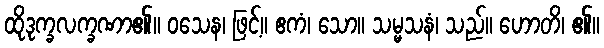
ထိုဒုက္ခလက္ခဏာ၏။ ဝသေန၊ ဖြင့်။ ဧကံ၊ သော။ သမ္မသနံ၊ သည်။ ဟောတိ၊ ၏။